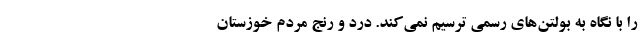
را با نگاه به بولتن‌های رسمی ترسیم نمی‌کند. درد و رنج مردم خوزستان